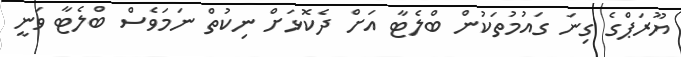
ޔޫރަޕްގެ ގިނަ ގަައުމުތަކުން ބްލެޓާ އަށް ދެކޮޅަށް ނިކުތް ނަމަވެސް ބްލެޓާ ވަނީ